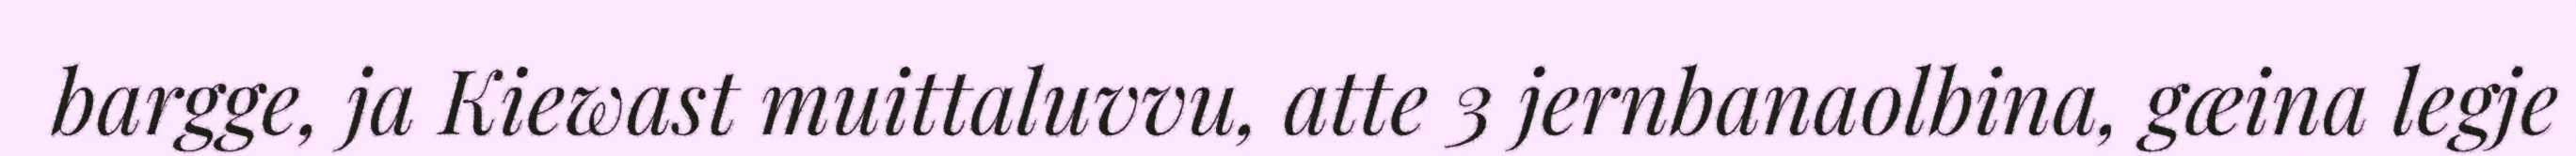
bargge, ja Kiewast muittaluvvu, atte 3 jernbanaolbina, gæina legje